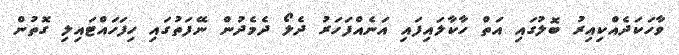
ވާހަކަދެއްކިއިރު ބޮލުގައި އަތް ހާކާލައިފައި އަނެއްފަހަރު ދެލޯ ދެމެދުން ނޭފަތުގައި ހިފަހައްޓައިލި ގޮތުން